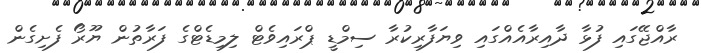
ރާއްޖޭގައި ފުޅާ ދާއިރާއެއްގައި ވިޔަފާރިކުރާ ސިމްޑީ ޕްރައިވެޓް ލިމިޑެޓްގެ ފަރާތުން ޔޫރޯ ފެށިގެން